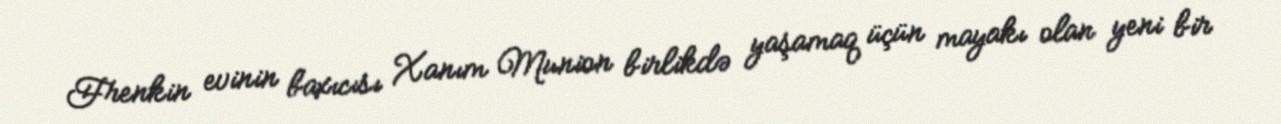
Frenkin evinin baxıcısı Xanım Munion birlikdə yaşamaq üçün mayakı olan yeni bir